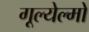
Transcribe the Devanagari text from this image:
गूल्येल्मो